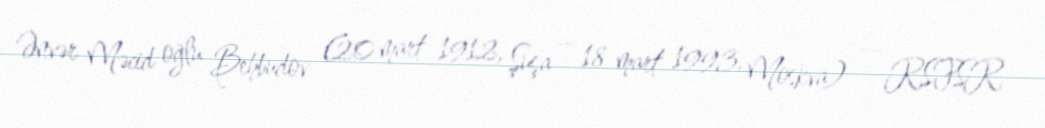
Ənvər Məcid oğlu Behbudov (20 mart 1912, Şuşa – 18 mart 1993, Moskva) — RSFSR